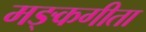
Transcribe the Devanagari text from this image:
मङ्कगीता